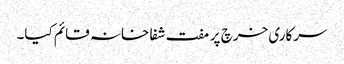
سرکاری خرچ پر مفت شفا خانہ قائم کیا۔